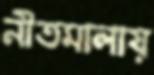
নীতমালায়